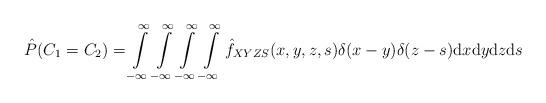
LaTeX: \begin{align*}\hat{P}(C_{1} = C_{2}) = \int\limits_{-\infty}^{\infty} \int\limits_{-\infty}^{\infty} \int\limits_{-\infty}^{\infty} \int\limits_{-\infty}^{\infty} \hat{f}_{XYZS}(x,y,z,s) \delta(x-y) \delta(z-s) \mathrm{d}x\mathrm{d}y \mathrm{d}z\mathrm{d}s\end{align*}